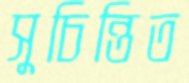
সুচিন্তিত